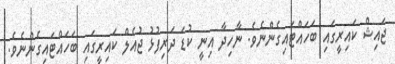
ޖައިޝް ކައިރީގައި ބަހައްޓައިގެންނެވެ. ނާހިދާ އިނީ ކުޑަ ދަރިފުޅު ޖުއެލް ކައިރީގައި ބަހައްޓައިގެންނެވެ.